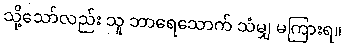
သို့သော်လည်း သူ ဘာရေသောက် သံမျှ မကြားရ။